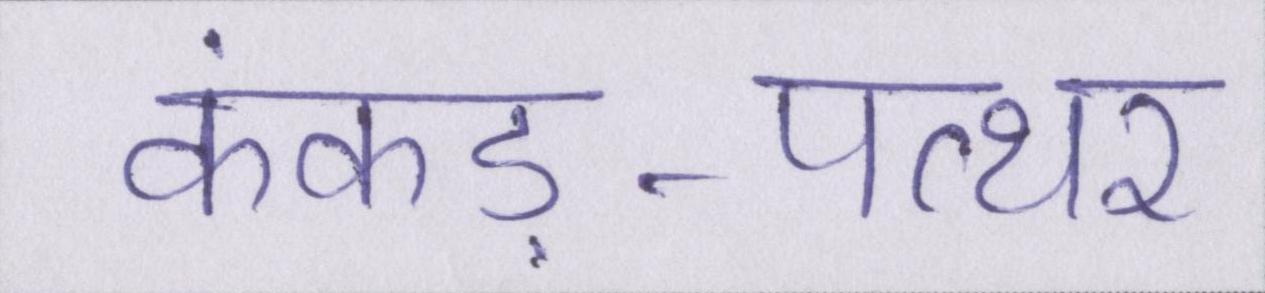
कंकड़-पत्थर